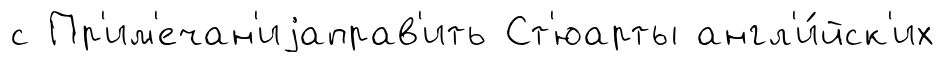
с Пр'им'ечан'иjаправ'ить Ст'юарты англ'и́йск'их